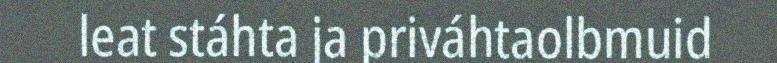
leat stáhta ja priváhtaolbmuid